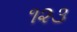
૧૨૩